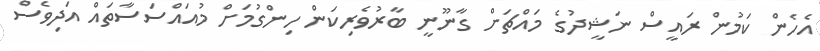
އެހެން ކަމުން ރައީސް ނަޝީދުގެ މައްޗަށް ގާނޫނީ ބާރުވެރިކަން ހިންގުމަށް މުއައްސަސާތައް އަދިވެސް